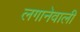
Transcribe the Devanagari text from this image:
लगानेवाली